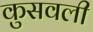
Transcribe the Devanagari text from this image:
कुसवली